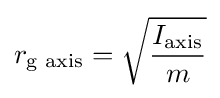
r_{\mathrm {g} {\text{ axis}}}={\sqrt {\frac {I_{\text{axis}}}{m}}}